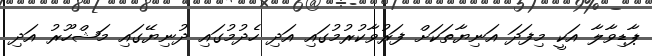
ޕާޑިވާލާ އަކީ މިފަދަ އަނިޔާތަކަށް ފަރުވާކުރުމުގައި އަދި ހެދުމުގައި ދުނިޔޭގައި މަޝްހޫރު އަދި